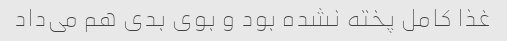
غذا کامل پخته نشده بود و بوی بدی هم می‌داد